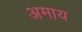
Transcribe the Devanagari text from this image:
अमाय